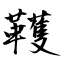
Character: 韄